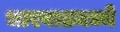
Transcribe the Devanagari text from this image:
धारवाडमध्ये